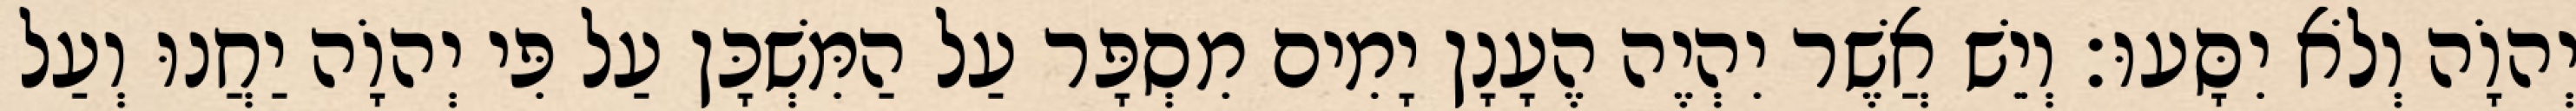
יְהוָֹה וְלֹא יִסָּעוּ׃ וְיֵשׁ אֲשֶׁר יִהְיֶה הֶעָנָן יָמִים מִסְפָּר עַל הַמִּשְׁכָּן עַל פִּי יְהוָֹה יַחֲנוּ וְעַל